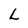
Character: L